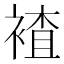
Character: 𮖕